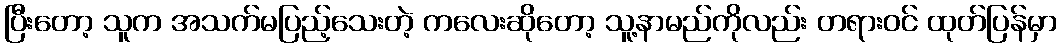
ပြီးတော့ သူက အသက်မပြည့်သေးတဲ့ ကလေးဆိုတော့ သူ့နာမည်ကိုလည်း တရားဝင် ထုတ်ပြန်မှာ